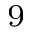
_ 9